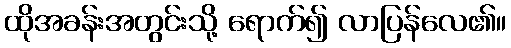
ထိုအခန်းအတွင်းသို့ ရောက်၍ လာပြန်လေ၏။